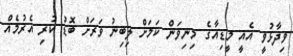
ވިދާޅުވީ އެއީ މީޑިއާގެ މިނިވަން ކަމަށް ލިބިނު ވަރަށް ބޮޑު ކުރި އެރުމެއް